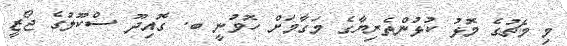
މި މެޗުގެ މޮޅު ކުޅުންތެރިޔާގެ މަގާމަށް ހޮވުނީ ބ. ގޮއިދޫ ސްކޫލުގެ ޖޯޒީ